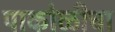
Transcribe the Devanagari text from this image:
पाकोळीचा